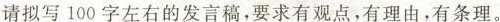
请拟写100字左右的发言稿，要求有观点，有理由，有条理。